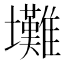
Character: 𡔃